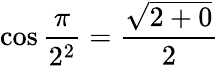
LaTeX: \cos{\frac{\pi}{2^{2}}}={\frac{\sqrt{2+0}}{2}}